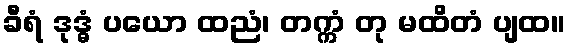
ခီရံ ဒုဒ္ဓံ ပယော ထညံ၊ တက္ကံ တု မထိတံ ပျထ။